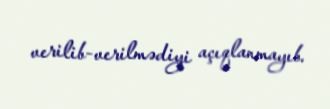
verilib-verilmədiyi açıqlanmayıb.